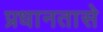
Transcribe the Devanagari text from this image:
प्रधानतासे